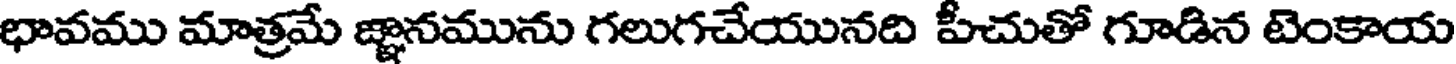
భావము మాత్రమే జ్ఞానమును గలుగచేయునది పీచుతో గూడిన టెంకాయ